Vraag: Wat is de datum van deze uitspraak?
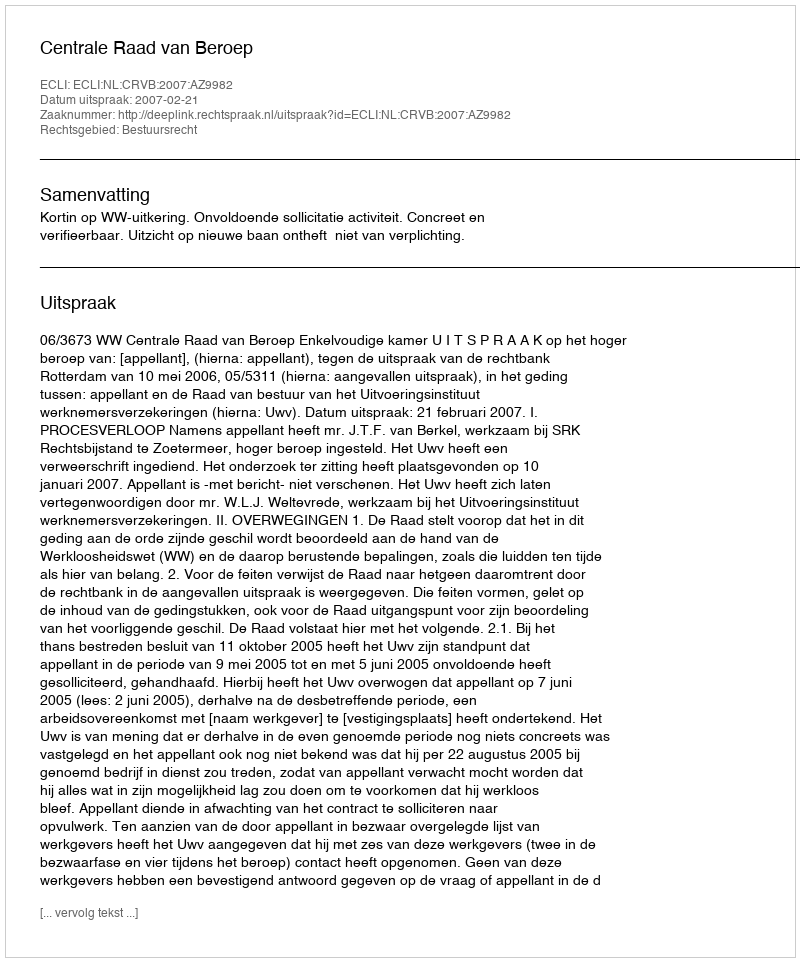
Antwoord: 2007-02-21